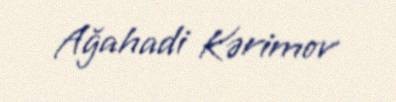
Ağahadi Kərimov